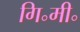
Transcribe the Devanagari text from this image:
गि॰मी॰